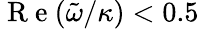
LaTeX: \mathrm{~R~e~}(\tilde{\omega}/\kappa)<0.5